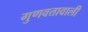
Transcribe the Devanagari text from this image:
गुणवत्तावाली